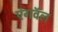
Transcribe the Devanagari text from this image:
एंगवॅल